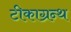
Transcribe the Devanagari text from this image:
टीकाग्रन्थ